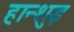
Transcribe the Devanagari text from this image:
हान्शुइ